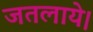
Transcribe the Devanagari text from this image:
जतलाये।